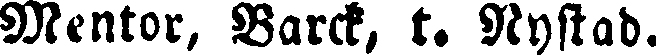
Mentor, Barck, t. Nystad.